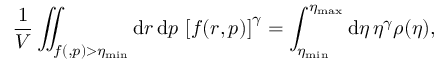
\frac { 1 } { V } \iint _ { f ( \v { r } , \v { p } ) > \eta _ { \mathrm { m i n } } } \mathrm { d } \boldsymbol { r } \, \mathrm { d } \boldsymbol { p } \, \left[ f ( \boldsymbol { r } , \boldsymbol { p } ) \right] ^ { \gamma } = \int _ { \eta _ { \mathrm { m i n } } } ^ { \eta _ { \mathrm { m a x } } } \mathrm { d } \eta \, \eta ^ { \gamma } \rho ( \eta ) ,